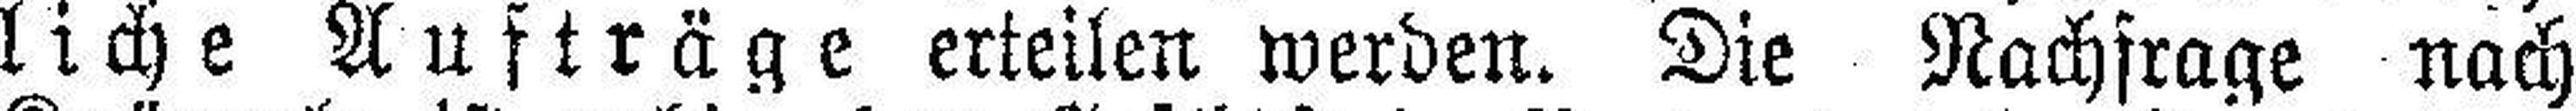
liche Aufträge erteilen werden. Die Nachfrage nach